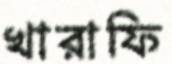
খারাফি